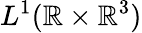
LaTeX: L^{1}(\mathbb{R}\times\mathbb{R}^{3})